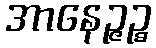
အာနေဉ္ဇဉ္စ